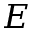
E